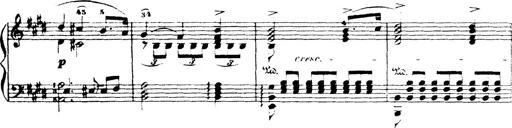
Title: Wagner-Liszt Album
Composer: Franz Liszt